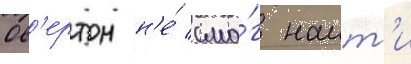
Ов'ертон н'е́ смо́г наит'и